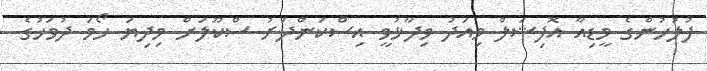
ފުލުހުންގެ މީޑިއާ އޮފިޝަލް މިއަދު ވިދާޅުވީ އިސްކަންދަރު ސްކޫލަށް މިދިޔަ ހޯމަ ދުވަހުގެ